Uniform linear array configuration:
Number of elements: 48
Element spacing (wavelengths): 1
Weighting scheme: hamming
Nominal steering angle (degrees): -15
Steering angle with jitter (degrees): -13.084
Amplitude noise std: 0.05
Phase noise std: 0.05

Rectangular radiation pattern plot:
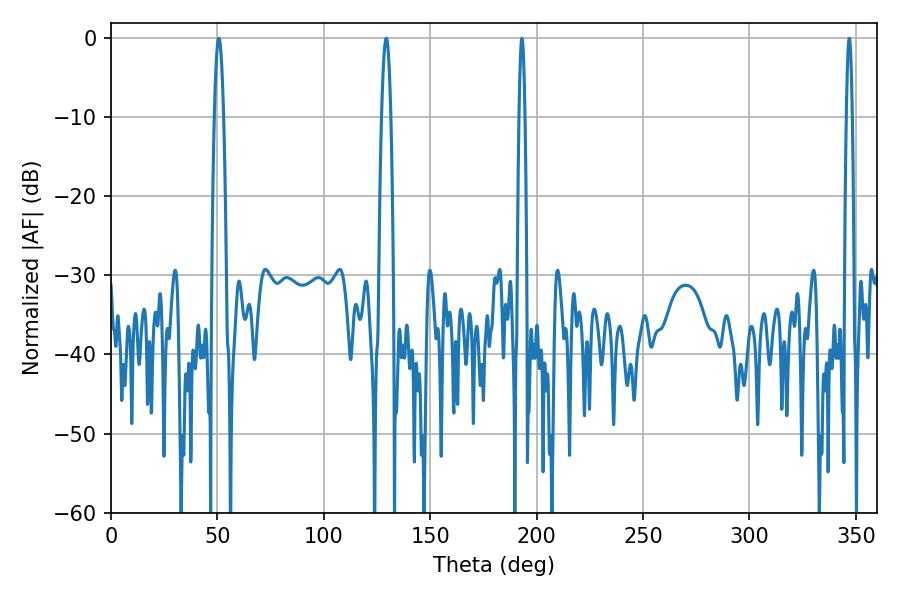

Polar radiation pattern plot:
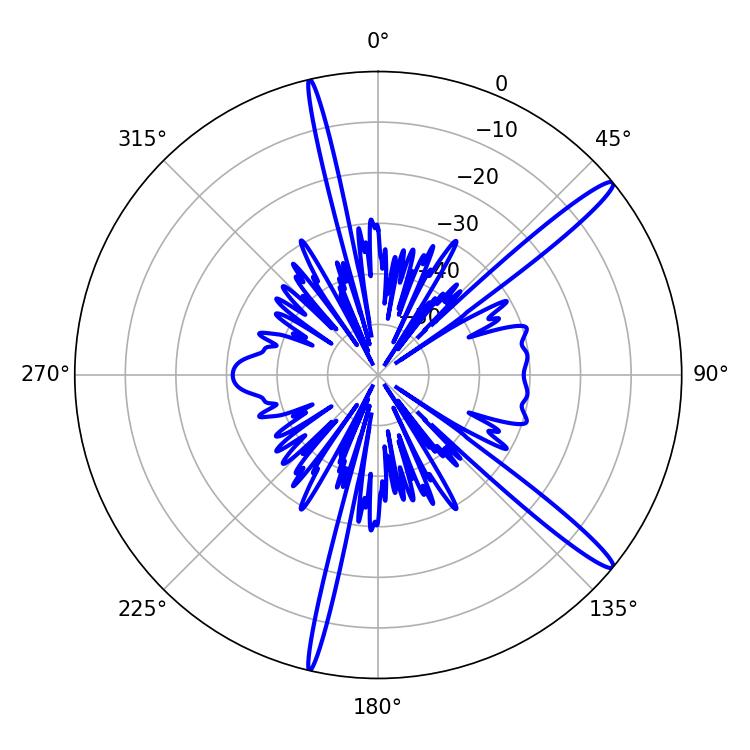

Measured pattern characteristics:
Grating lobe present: TRUE
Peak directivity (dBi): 15.405
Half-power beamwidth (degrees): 1.44
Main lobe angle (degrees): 346.86